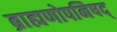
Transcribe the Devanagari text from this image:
ब्राह्मणोपनिषद्